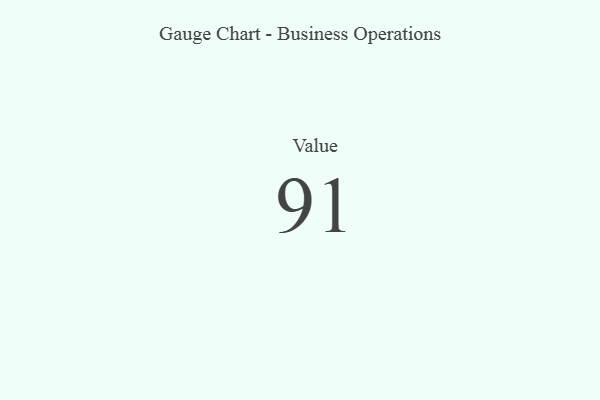
{"axis": {"x": "Metric", "y": "Value"}, "legend": [""], "data": [{"x": "Value", "y": 91, "type": ""}]}